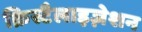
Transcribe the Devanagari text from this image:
क्रिस्टैलाइज़ेशन